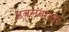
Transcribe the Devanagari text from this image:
डबलबारवर